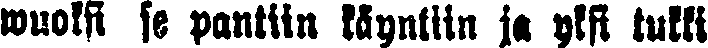
wuoksi se pantiin käyntiin ja yksi tukki